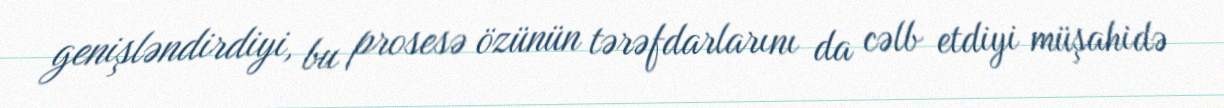
genişləndirdiyi, bu prosesə özünün tərəfdarlarını da cəlb etdiyi müşahidə